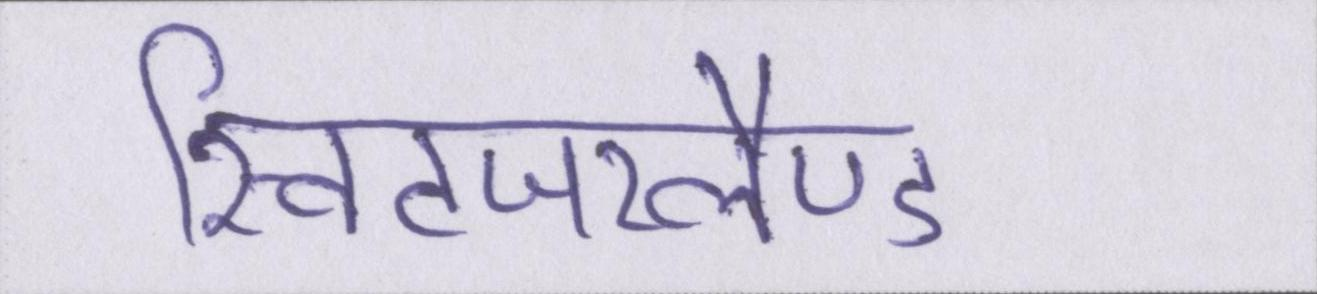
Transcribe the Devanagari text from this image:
स्विटजरलैण्ड